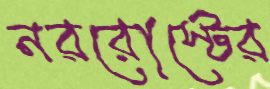
নররোস্টের